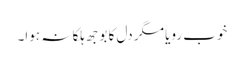
خوب رویا مگر دل کا بوجھ ہلکا نہ ہوا۔